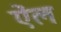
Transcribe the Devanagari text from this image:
ऎंल